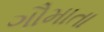
ગૌમાતા